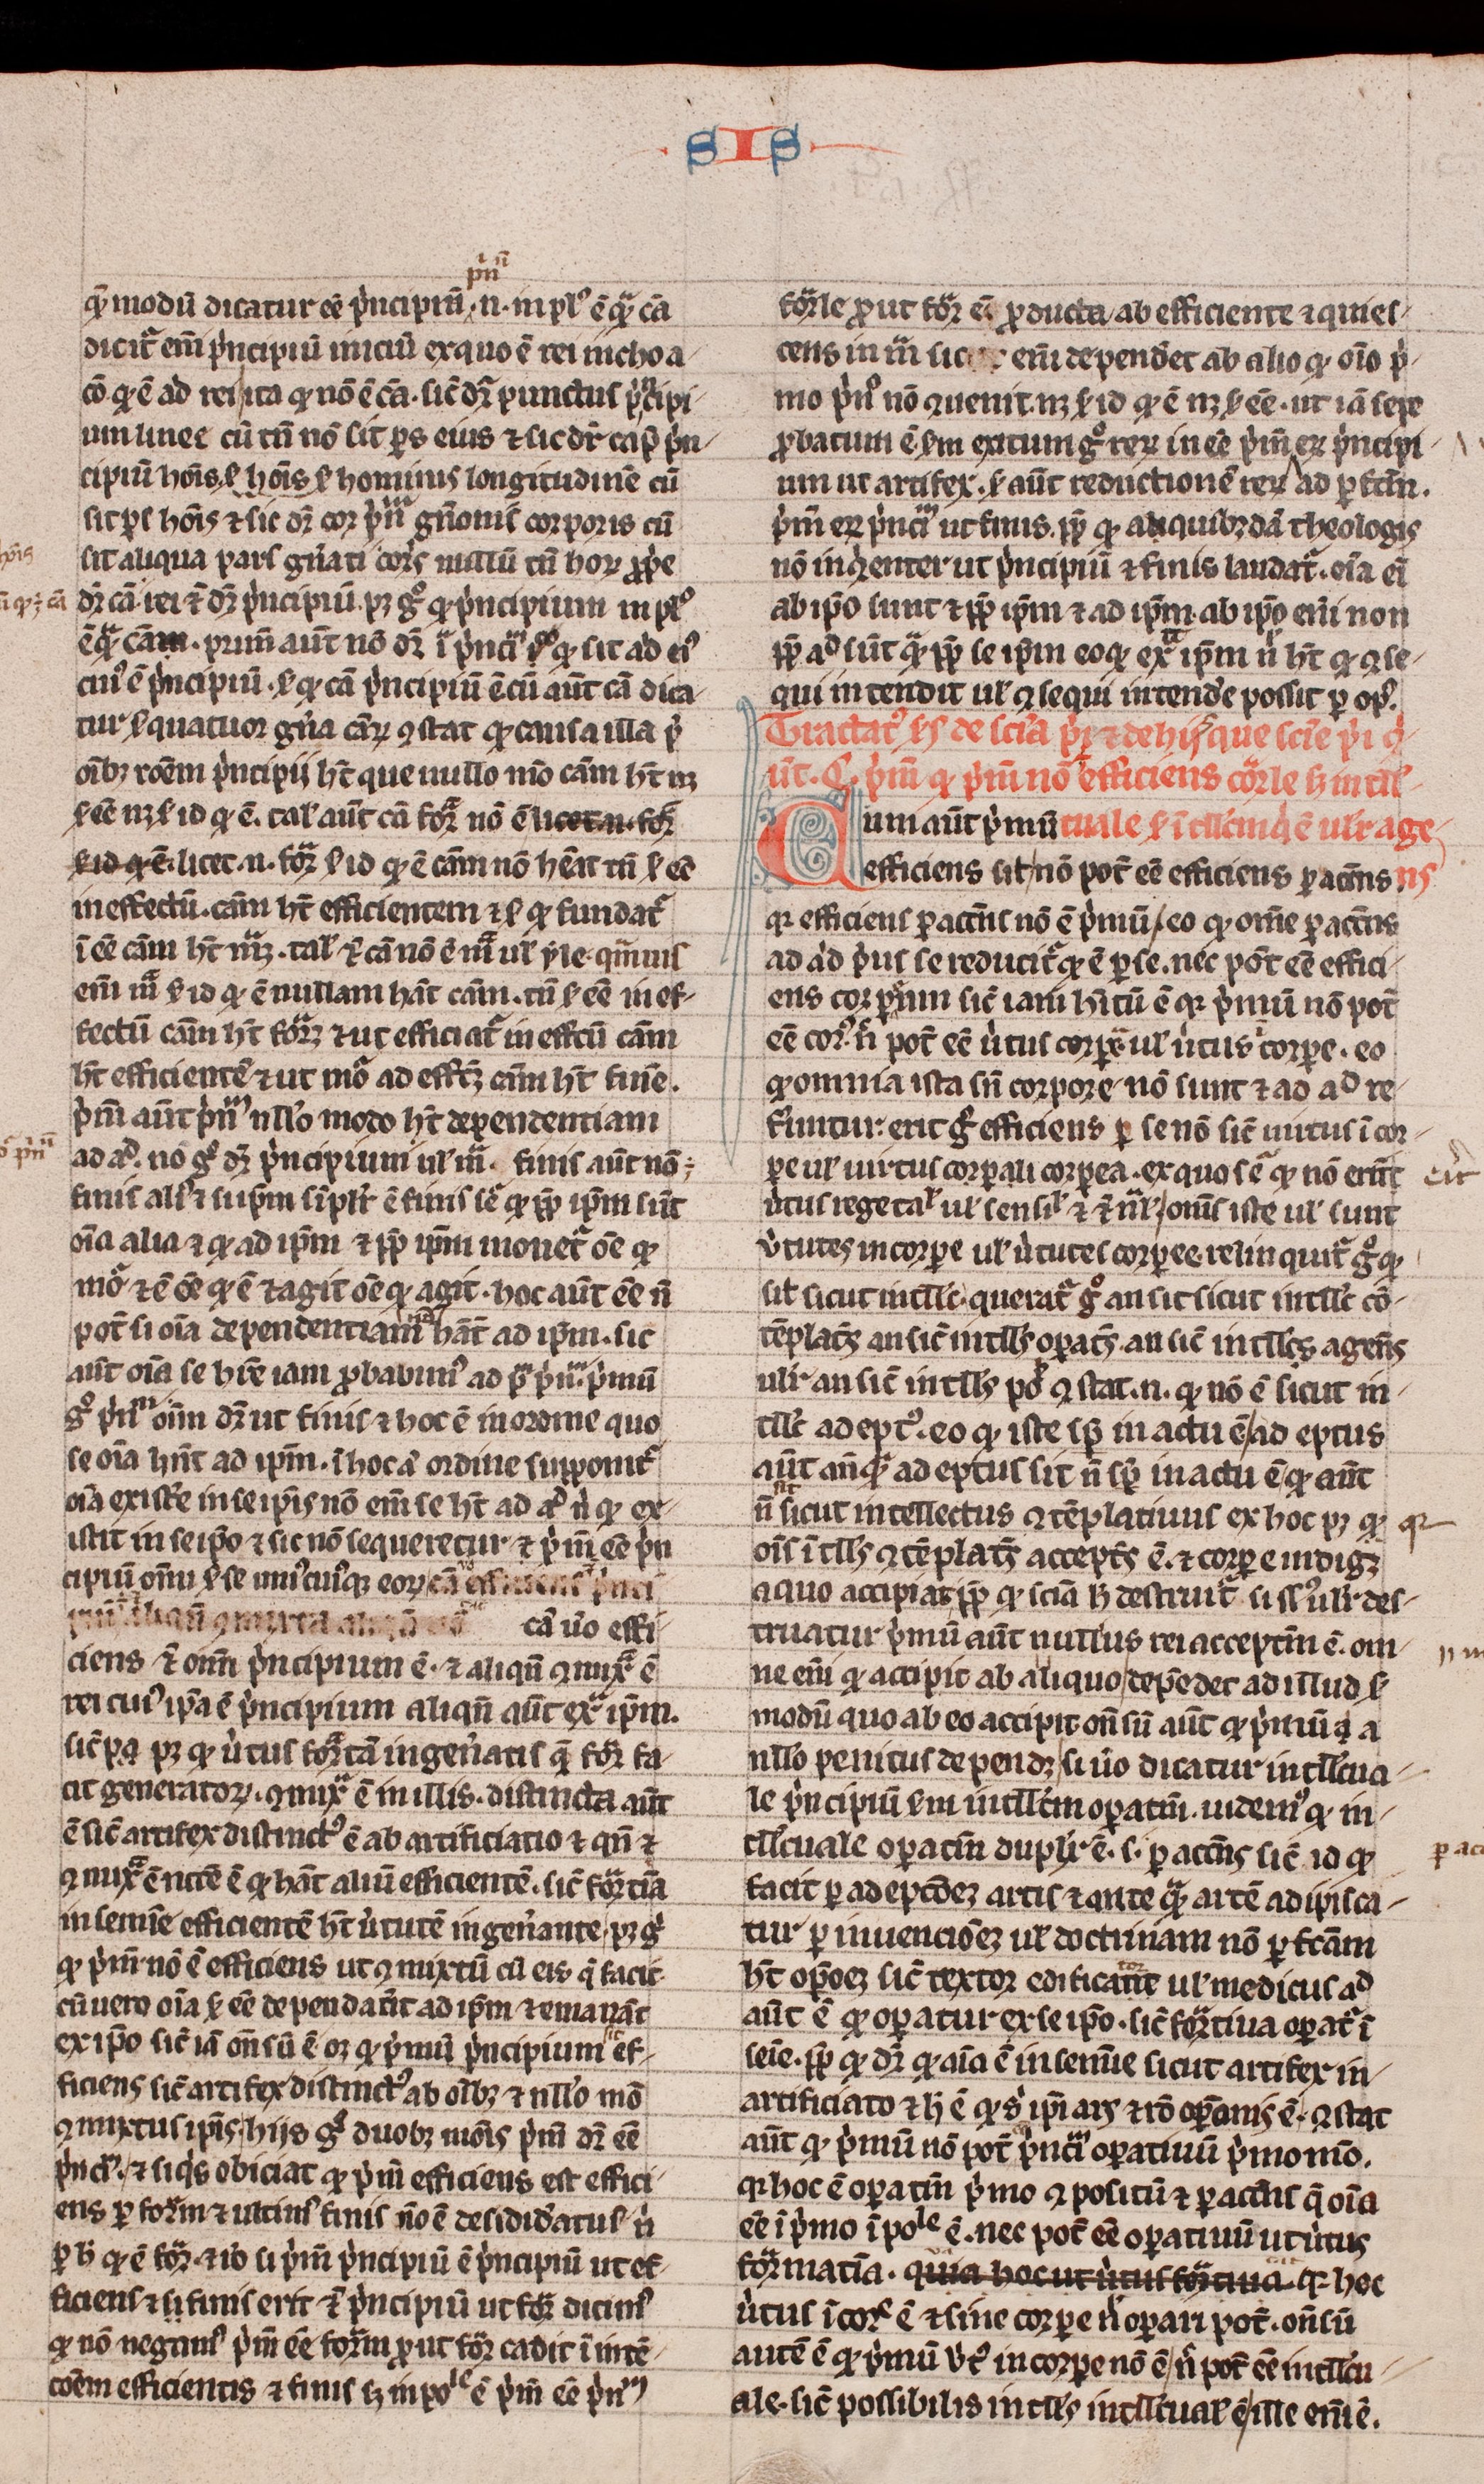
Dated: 1300–1399